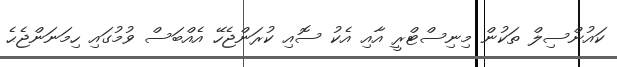
ކައުންސިލް ތަކުން މިނިސްޓްރީ އާއި އެކު ސޮއި ކުރަންޖެހޭ އެއްބަސް ވުމުގައި ހިމަނަންޖެޙެ